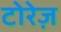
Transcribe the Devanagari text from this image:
टोरेज़